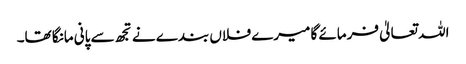
اللہ تعالیٰ فرمائے گا میرے فلاں بندے نے تجھ سے پانی مانگا تھا۔